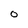
Character: O